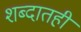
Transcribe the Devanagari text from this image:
शब्दातही